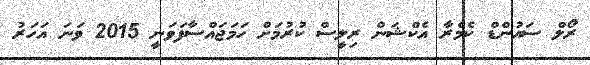
ރޯލް ސައުންޑް ކެމެރާ އެކްޝަން ރިލީސް ކުރުމަށް ހަމަޖައްސާފަވަނީ 2015 ވަނަ އަހަރު